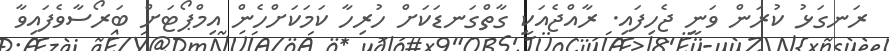
ރަނގަޅު ކުރަން ވަނީ ޖެހިފައި. ރާއްޖެއަކީ ގާތްގަނޑަކަށް ހުރިހާ ކަމަކަށްހެން އިމްޕޯޓަށް ބަރޯސާވެފައިވާ